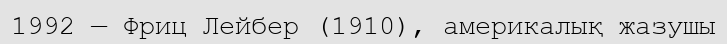
1992 — Фриц Лейбер (1910), америкалық жазушы